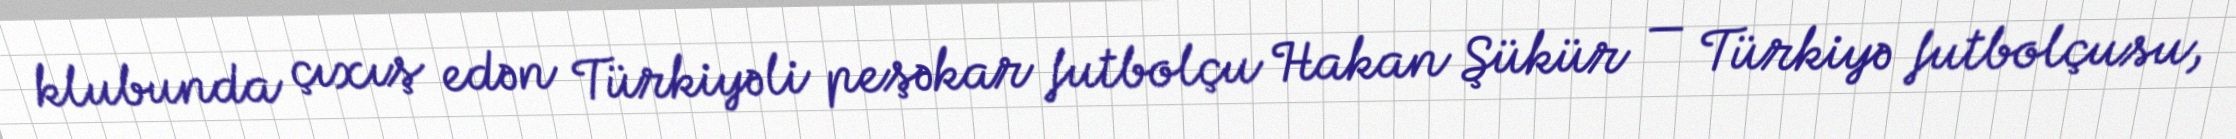
klubunda çıxış edən Türkiyəli peşəkar futbolçu Hakan Şükür — Türkiyə futbolçusu,